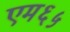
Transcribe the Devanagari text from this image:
एम६५